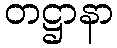
တဋ္ဌာနာ